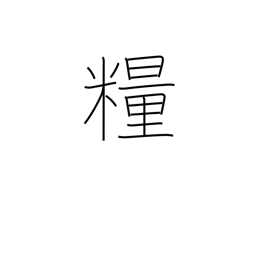
Meaning: provisions